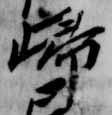
帰